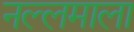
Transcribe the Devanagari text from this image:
नल्लमाला